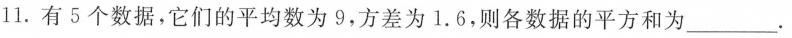
11.有5个数据，它们的平均数为9，方差为1.6，则各数据的平方和为___.